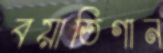
বয়াতিগান